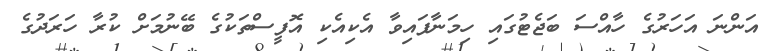
އަންނަ އަހަރުގެ ހާއްސަ ބަޖެޓުގައި ހިމަނާފައިވާ އެކިއެކި އޮފީސްތަކުގެ ބޭނުމަށް ކުރާ ހަރަދުގެ